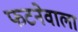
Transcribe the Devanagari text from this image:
फटनेवाला